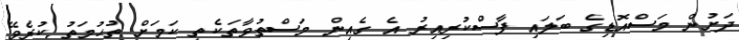
ދަށުން މަސްއޮޑިގެ ބަލައި ފާސްކުރިއިރު އެ ގެއިން މަސްތުވާތަކެތި ކަމަށް ތުހުމަތު ކުރެވޭ